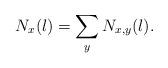
LaTeX: \begin{align*}N_{x}(l)=\sum_{y}N_{x,y}(l).\end{align*}